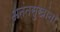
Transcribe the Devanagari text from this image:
अनंतसुखांना